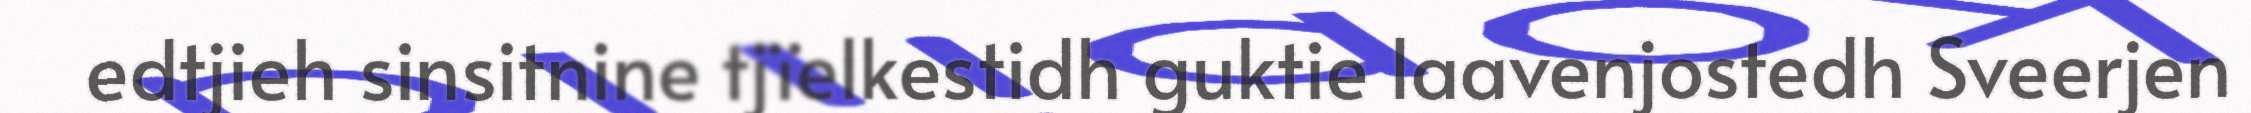
edtjieh sinsitnine tjïelkestidh guktie laavenjostedh Sveerjen